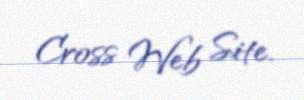
Cross Web Site.